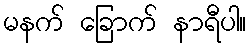
မနက် ခြောက် နာရီပါ။